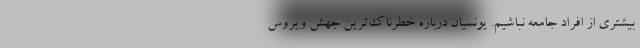
بیشتری از افراد جامعه نباشیم. یونسیان درباره خطرناک‌ترین جهش ویروس